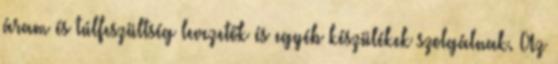
áram és túlfeszültség levezetők és egyéb készülékek szolgálnak. Az